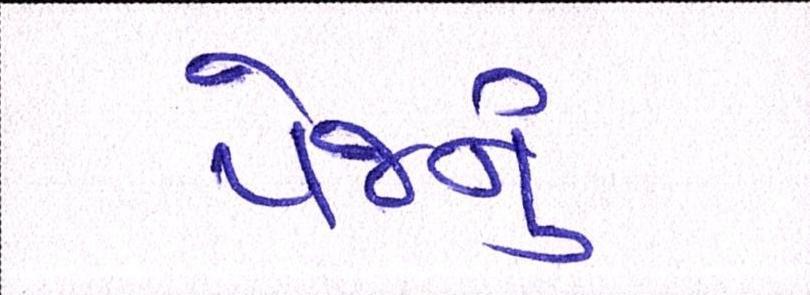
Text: પેજનું